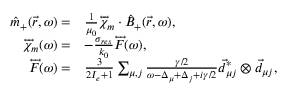
\begin{array} { r l } { \hat { m } _ { + } ( \vec { r } , \omega ) = } & { \frac { 1 } { \mu _ { 0 } } \overleftrightarrow { \chi } _ { m } \cdot \hat { B } _ { + } ( \vec { r } , \omega ) , } \\ { \overleftrightarrow { \chi } _ { m } ( \omega ) = } & { - \frac { \sigma _ { r e s } } { k _ { 0 } } \overleftrightarrow { F } ( \omega ) , } \\ { \overleftrightarrow { F } ( \omega ) = } & { \frac { 3 } { 2 I _ { e } + 1 } \sum _ { \mu , j } \frac { \gamma / 2 } { \omega - \Delta _ { \mu } + \Delta _ { j } + i \gamma / 2 } \vec { d } _ { \mu j } ^ { * } \otimes \vec { d } _ { \mu j } , } \end{array}